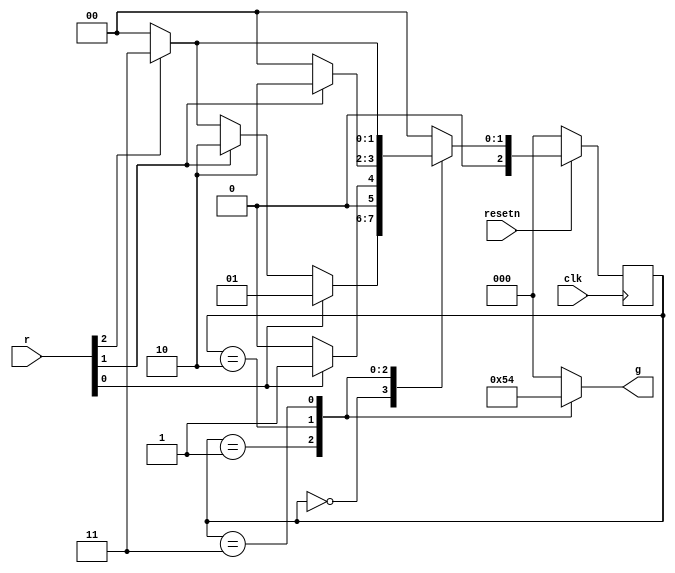
module top_module (
    input clk,
    input resetn,    // active-low synchronous reset
    input [3:1] r,   // request
    output [3:1] g   // grant
); 
    
    localparam A = 0, B = 1, C = 2, D = 3;
    reg [2:0] state;
    reg [2:0] next_state;
    
    always @(*)	begin
        case(state)	
            A : begin
                if(r[1])	
                    next_state = B;
                else begin
                    if(r[2])
                    next_state = C;
                    else begin
                        if(r[3])
                            next_state = D;
                        else
                            next_state = A;
                    end
                end
                g = 3'b000;
            end
            
            B : begin
                next_state = r[1] ? B : A;
                g = 3'b001;
            end
            
            C : begin
                next_state = r[2] ? C : A;
                g = 3'b010;
            end
            
            D : begin
                next_state = r[3] ? D : A;
                g = 3'b100;
            end
            
            default : begin
                next_state = A;
                g = 3'b000;
            end
            
        endcase
    end
    
    always @(posedge clk)	begin
        if(~resetn)
            state <= A;
        else
            state <= next_state;
    end
    
        
                
                

endmodule